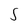
Character: S